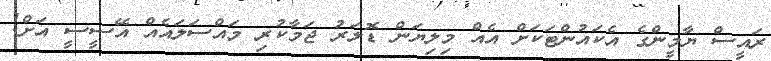
ރައީސް ޔާމީންގެ އެކައުންޓަކަށް އެއް މިލިޔަން ޑޮލަރު ޖަމާކުރި މައްސަލައެއް އޭސީސީ އަށް!